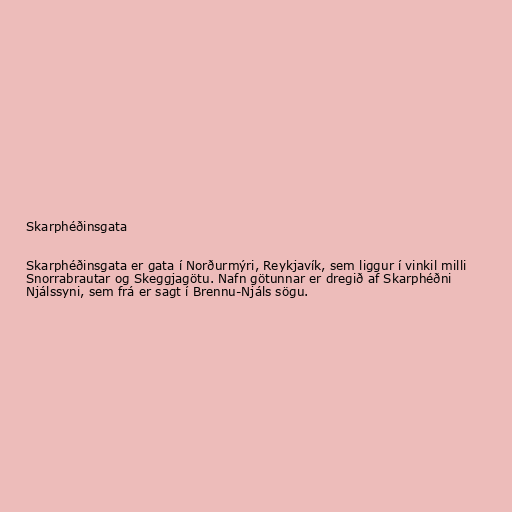
Skarphéðinsgata

Skarphéðinsgata er gata í Norðurmýri, Reykjavík, sem liggur í vinkil milli
Snorrabrautar og Skeggjagötu. Nafn götunnar er dregið af Skarphéðni
Njálssyni, sem frá er sagt í Brennu-Njáls sögu.